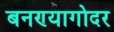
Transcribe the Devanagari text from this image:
बनण्यागोदर